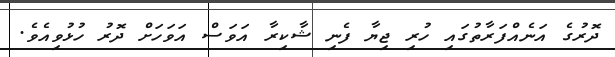
ދޮރުގެ އަނެއްފަރާތުގައި ހުރި ޖިޔާ ފެނި ޝާކިރާ އަވަސް އަވަހަށް ދޮރު ހުޅުވިއެވެ.